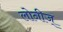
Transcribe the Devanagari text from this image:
लोनीज्